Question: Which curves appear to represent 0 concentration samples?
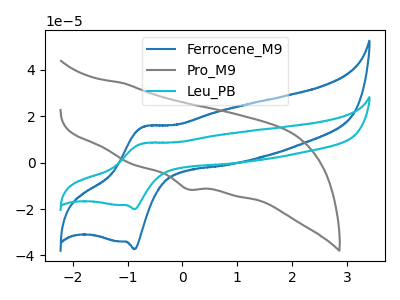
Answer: <think>The blue curve "Ferrocene_M9" has an anodic peak at (-0.70V, 15.45uA) and a cathodic peak at (-0.85V, -37.25uA). The gray curve "Pro_M9" has a cathodic peak at: (0.10V, -11.45uA). The cyan curve "Leu_PB" has an anodic peak at (-0.70V, 8.30uA) and a cathodic peak at (-0.85V, -20.05uA).</think>
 <answer>There are not any CV's on this graph that are likely to be blanks.</answer>
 <eval>none</eval>